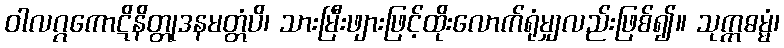
ဝါလဂ္ဂကောဋိနိတ္တုဒနမတ္တံပိ၊ သားမြီးဖျားဖြင့်ထိုးလောက်ရုံမျှလည်းဖြစ်၍။ သုက္ကဓမ္မံ၊